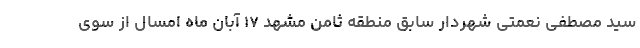
سید مصطفی نعمتی شهردار سابق منطقه ثامن مشهد ١٧ آبان ماه امسال از سوی